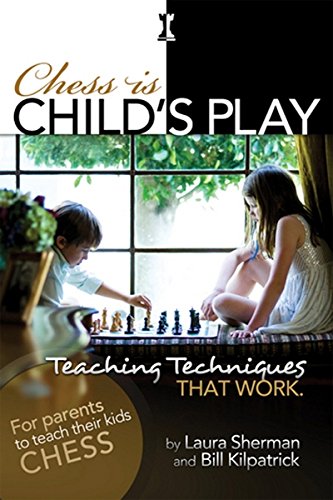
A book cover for Chess is Child's Play: Teaching Techniques That Work; Laura Sherman; Humor & Entertainment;